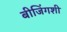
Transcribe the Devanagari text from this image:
बीजिंगशी